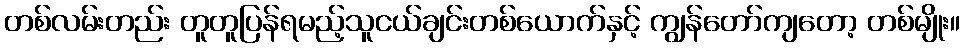
တစ်လမ်းတည်း တူတူပြန်ရမည့်သူငယ်ချင်းတစ်ယောက်နှင့် ကျွန်တော်ကျတော့ တစ်မျိုး။